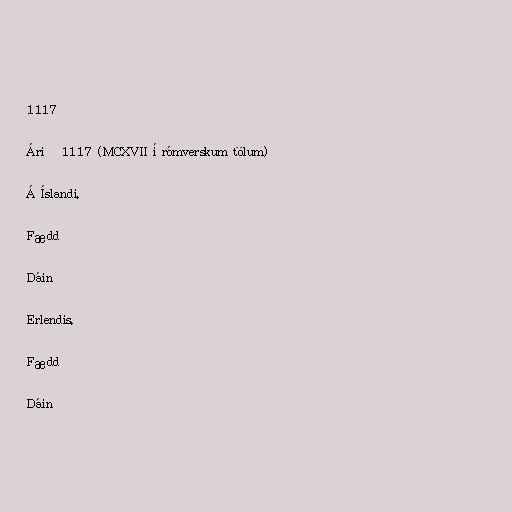
1117

Árið 1117 (MCXVII í rómverskum tölum)

Á Íslandi.

Fædd

Dáin

Erlendis.

Fædd

Dáin